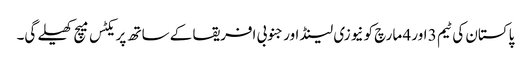
پاکستان کی ٹیم 3 اور 4 مارچ کو نیوزی لینڈ اور جنوبی افریقا کے ساتھ پریکٹس میچ کھیلے گی۔